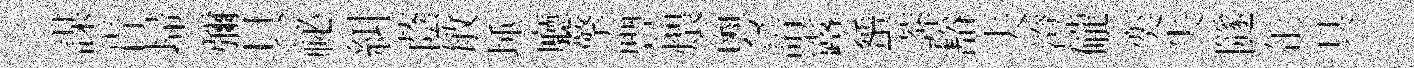
謀肯埽彌貝祕糾蔭敏埵廳擎豐煨粵諳露蜑莾豁夫澄礲奕失隧𦈢具